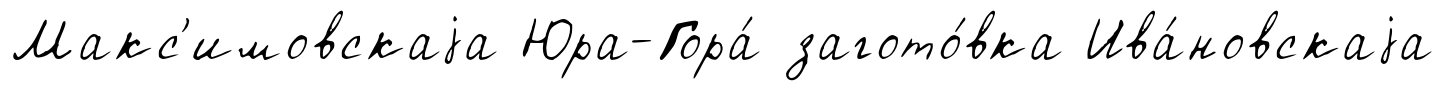
Макс'имовскаjа Юра-Гора́ загото́вка Ива́новскаjа